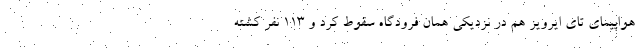
هواپیمای تای ایرویز هم در نزدیکی همان فرودگاه سقوط کرد و ۱۱۳ نفر کشته